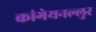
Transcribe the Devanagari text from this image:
कांगेयनल्लुर